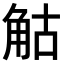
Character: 𧣗